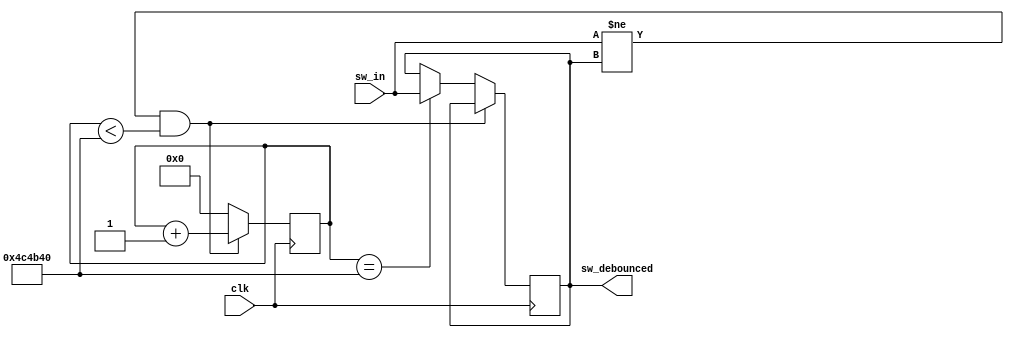
`timescale 1ns / 1ps
//////////////////////////////////////////////////////////////////////////////////
// Company: 
// Engineer: 
// 
// Design Name: 
// Module Name: debounce
// Project Name: 
// Target Devices: 
// Tool Versions: 
// Description: 
// 
// Dependencies: 
// 
// Revision:
// Revision 0.01 - File Created
// Additional Comments:
// 
//////////////////////////////////////////////////////////////////////////////////


module debounce(
    input clk,
    input sw_in,
    output sw_debounced
    );

parameter DEBOUNCE_TIME = 5000000;

reg [31:0] debounce_counter;
reg state;

always @(posedge clk) begin
    if (sw_in != state && debounce_counter < DEBOUNCE_TIME) begin
        debounce_counter <= debounce_counter + 1;
    end else if (debounce_counter == DEBOUNCE_TIME) begin
        state <= sw_in;
        debounce_counter <= 0;
    end else begin
        debounce_counter <= 0;
    end
end

assign sw_debounced = state;
endmodule